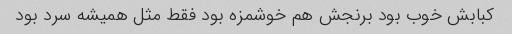
کبابش خوب بود برنجش هم خوشمزه بود فقط مثل همیشه سرد بود